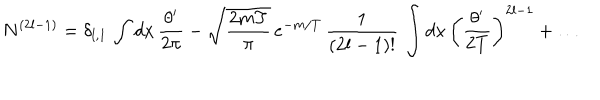
LaTeX: N ^ { ( 2 l - 1 ) } = \delta _ { l , 1 } \, \int d x \, \frac { \theta ^ { \prime } } { 2 \pi } - \sqrt { \frac { 2 m T } { \pi } } \, e ^ { - m / T } \, \frac { 1 } { ( 2 l - 1 ) ! } \, \int d x \, \left( \frac { \theta ^ { \prime } } { 2 T } \right) ^ { 2 l - 1 } + \dots